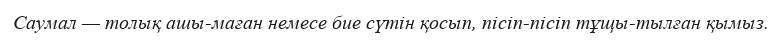
Саумал — толық ашы­маған немесе бие сүтін қосып, пісіп-пісіп тұщы­тылған қымыз.